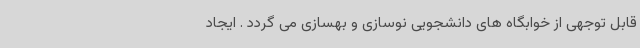
قابل توجهی از خوابگاه های دانشجویی نوسازی و بهسازی می گردد . ایجاد